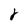
Character: 8